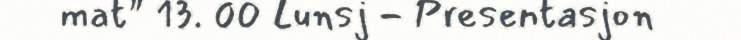
mat" 13. 00 Lunsj - Presentasjon